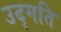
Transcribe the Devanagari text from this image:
उद्गति